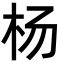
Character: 杨